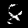
Label: 8